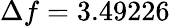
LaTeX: \Delta f=3.49226